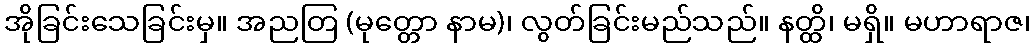
အိုခြင်းသေခြင်းမှ။ အညတြ (မုတ္တော နာမ)၊ လွတ်ခြင်းမည်သည်။ နတ္ထိ၊ မရှိ။ မဟာရာဇ၊